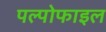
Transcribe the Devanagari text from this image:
पल्पोफाइल